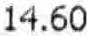
14.60